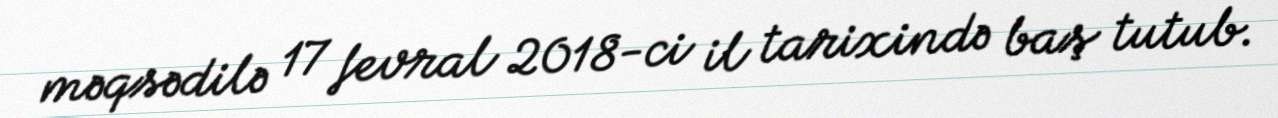
məqsədilə 17 fevral 2018-ci il tarixində baş tutub.